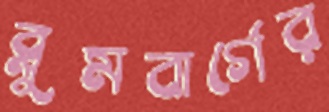
ব্লুমবার্গের